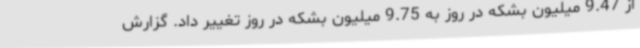
از 9.47 میلیون بشکه در روز به 9.75 میلیون بشکه در روز تغییر داد. گزارش